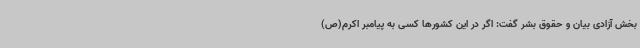
بخش آزادی بیان و حقوق بشر گفت: اگر در این کشورها کسی به پیامبر اکرم(ص)